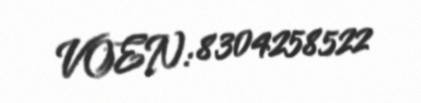
VOEN: 8304258522